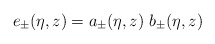
\begin{align*}e_{\pm} (\eta,z) = a_{\pm} (\eta,z)~ b_{\pm} (\eta,z)\end{align*}